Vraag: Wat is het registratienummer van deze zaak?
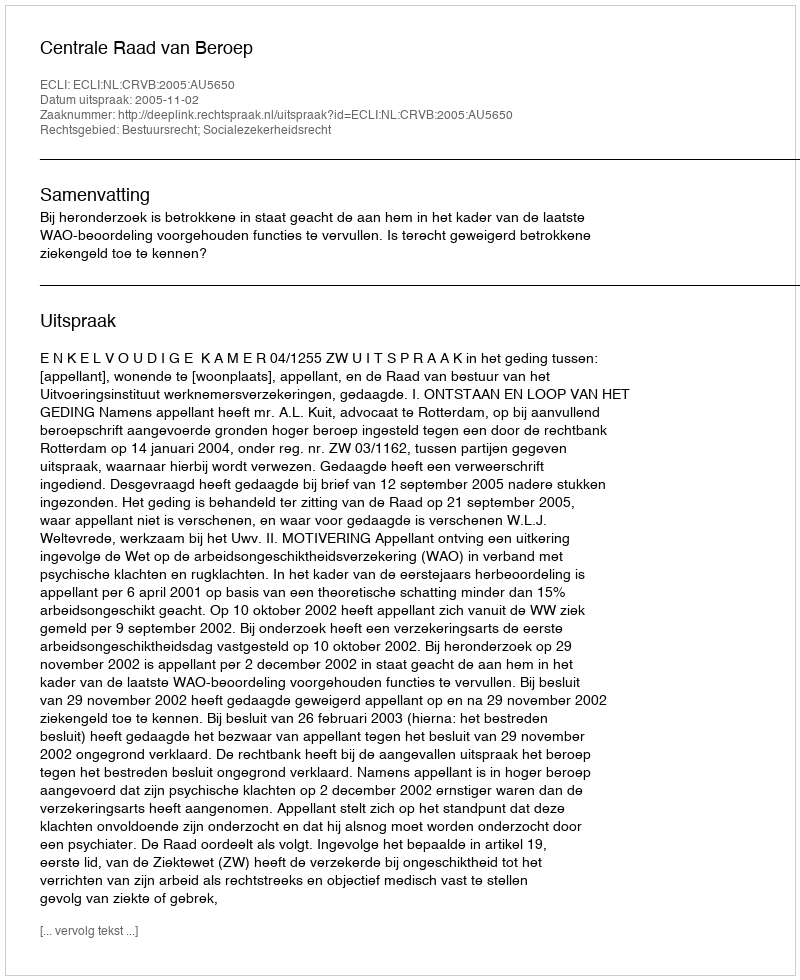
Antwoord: http://deeplink.rechtspraak.nl/uitspraak?id=ECLI:NL:CRVB:2005:AU5650